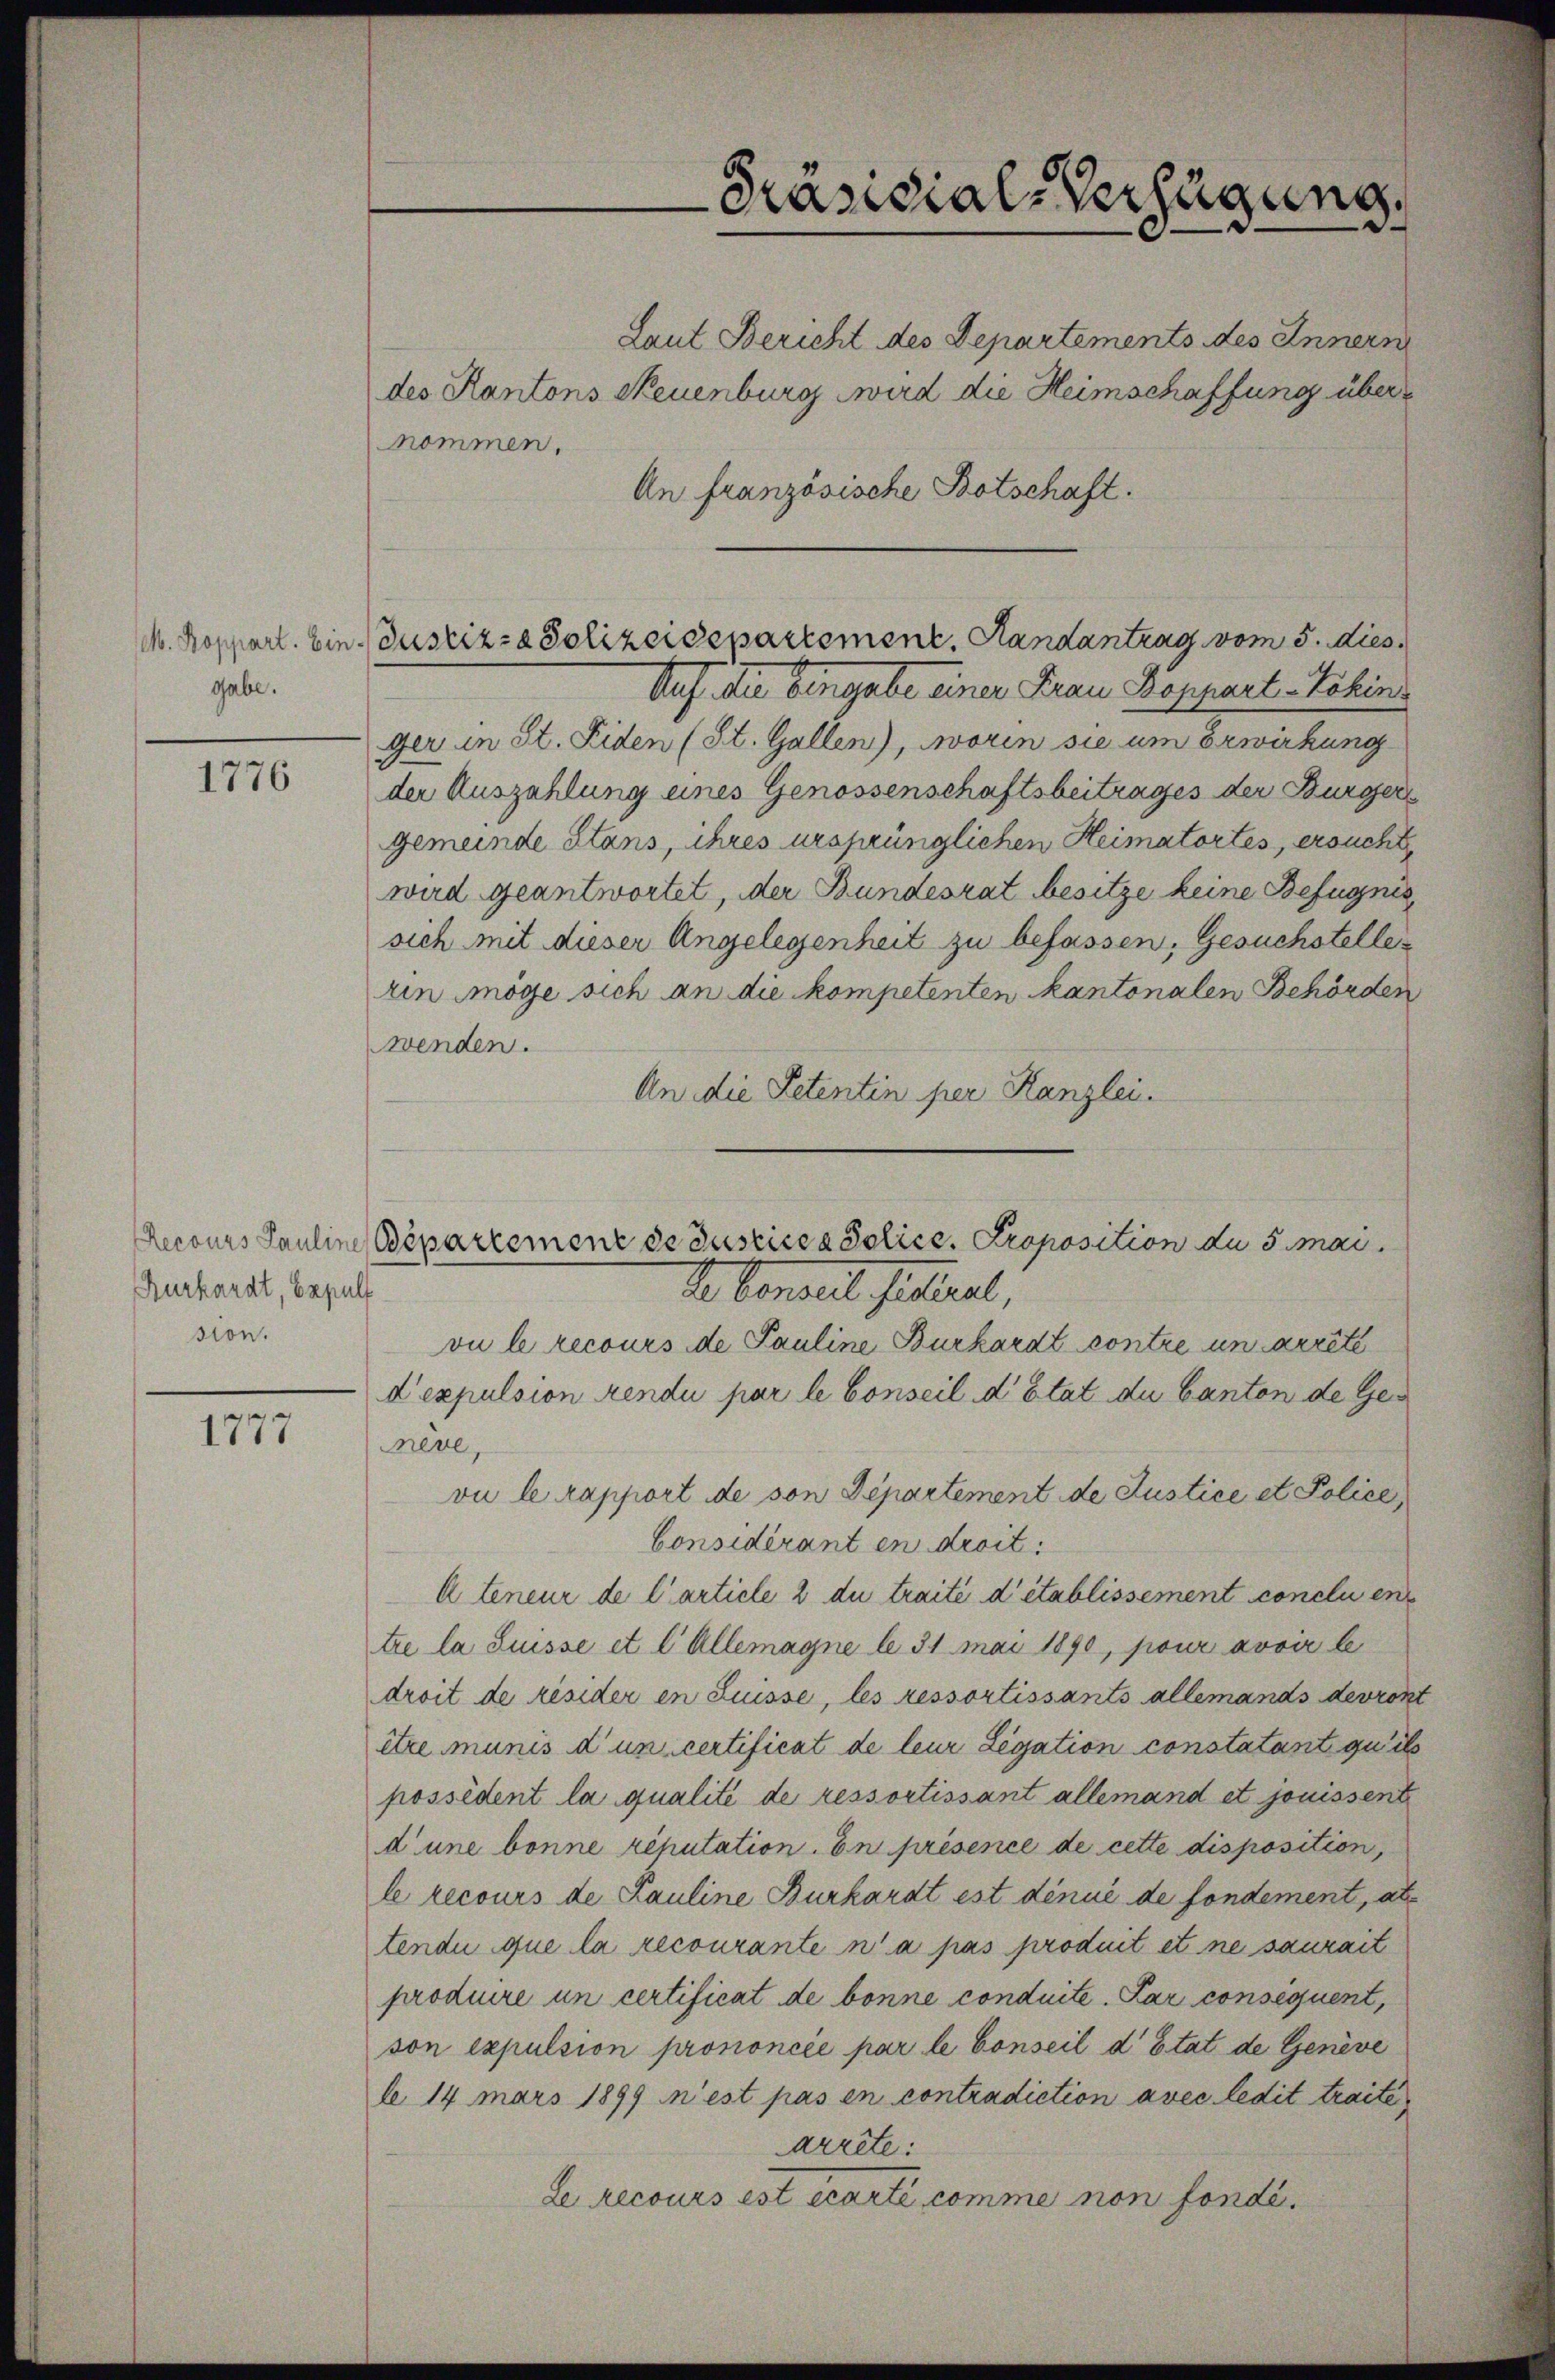
gabe.

1776

Kurkardt, Bepulf
sion.

1777

nommen.
Auf die Eingabe einer Frau Beppart Schins
ger in St. Fiden (St. Gallen), worin sie um Erwirkung
der Auszahlung eines Genossenschaftsbeitrages der Bürgers
gemeinde Stans, ihres ursprünglichen Heimatortes, ersucht,
wird geantwortet, der Bundesrat besitze keine Befugnis
sich mit dieser Angelegenheit zu befassen, Gesuchstelle
rin möge sich an die kompetenten kantonalen Behörden
wenden.
An die Petentin per Kanzlei.
vu le recours de Pauline Burkardt contre un arrête
d’expulsion rendu par le Conseil d’Etat du Canton de Genève,
vu le rapport de son Departement de Justice et Police,
Considérant en droit.
A teneur de l’article 2 du traité d’établissement conclu en
tre la Suisse et l Allemagne le 31 Mai 1890, pour avoir le
droit de resider en Suisse, les ressortissants allemands devront
être munis d’un certificat de leur Legation constatant qu’ils
possèdent la qualité de ressortissant allemand et jouissent
d’une bonne reputation. En présence de cette disposition,
le recours de Pauline Burkardt est dinué de fondement, als
tendii que la recourante n’a pas produit et ne saurait
produire un certificat de bonne conduite. Par consequent,
son expulsion prononcée par le Conseil d’Etat de Genève
l 14 mars 1899 n’est pas en contradiction avec ledit traite,
arrête:
Le recours est écarte comme non fonde.

des Kantons Neuenburg wird die Heimschaffung über¬

An französische Botschaft.

Laut Bericht des Departements des Innern

M. Koppart. Ein Zustiz- & Polizeidepartement. Handantrag vom 5. dies

Präsidial-Verfügung.

Recours Pauline Bepartement de suscicca Police, Proposition du 5 mai
de Benzell futural,